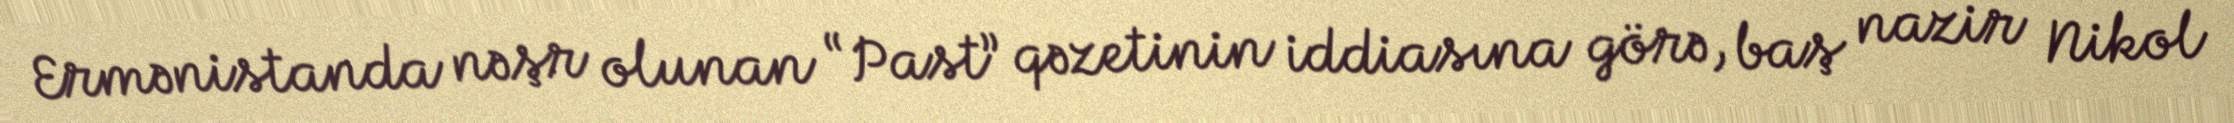
Ermənistanda nəşr olunan “Past” qəzetinin iddiasına görə, baş nazir Nikol